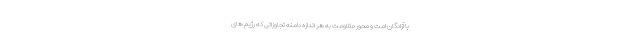
با آزادگان امت و محور مقاومت به هر اندازه دامنه تجاوزاتی که رژیم های